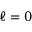
\ell = 0